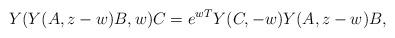
LaTeX: \begin{align*}Y(Y(A,z-w)B,w) C = e^{wT} Y(C,-w) Y(A,z-w) B,\end{align*}